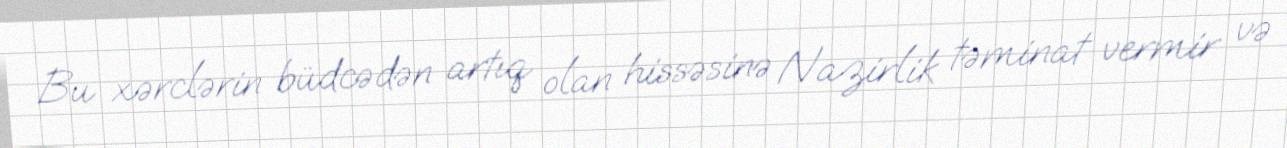
Bu xərclərin büdcədən artıq olan hissəsinə Nazirlik təminat vermir və